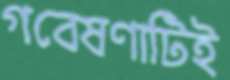
গবেষণাটিই